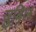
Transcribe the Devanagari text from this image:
जुबिल